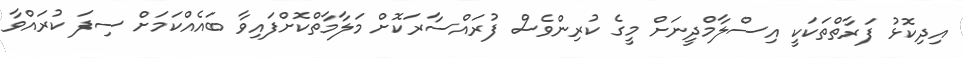
އިދިކޮޅު ފަރާތްތަކަކީ އިސްލާމްދީނަށް މީގެ ކުރިންވެސް ފުރައްސާރަކޮށް މަލާމާތްކޮށްފައިވާ ބައެއްކަމަށް ސިފަ ކުރައްވާ